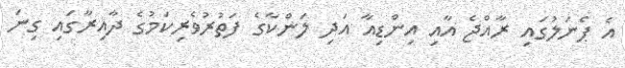
އެ ޕެނަލުގައި ރާއްޖެ އާއި އިންޑިއާ އަދި ލަންކާގެ ފަތުރުވެރިކަމުގެ ދާއިރާގައި ގިނަ